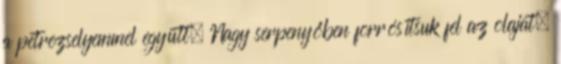
a petrezselyemmel együtt. Nagy serpenyőben forrósítsuk fel az olajat,